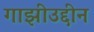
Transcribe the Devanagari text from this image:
गाझीउद्दीन